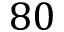
8 0